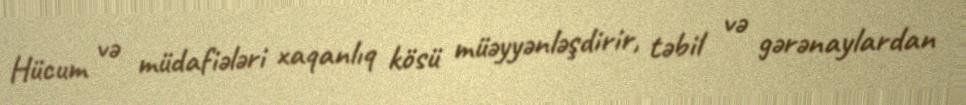
Hücum və müdafiələri xaqanlıq kösü müəyyənləşdirir, təbil və gərənaylardan